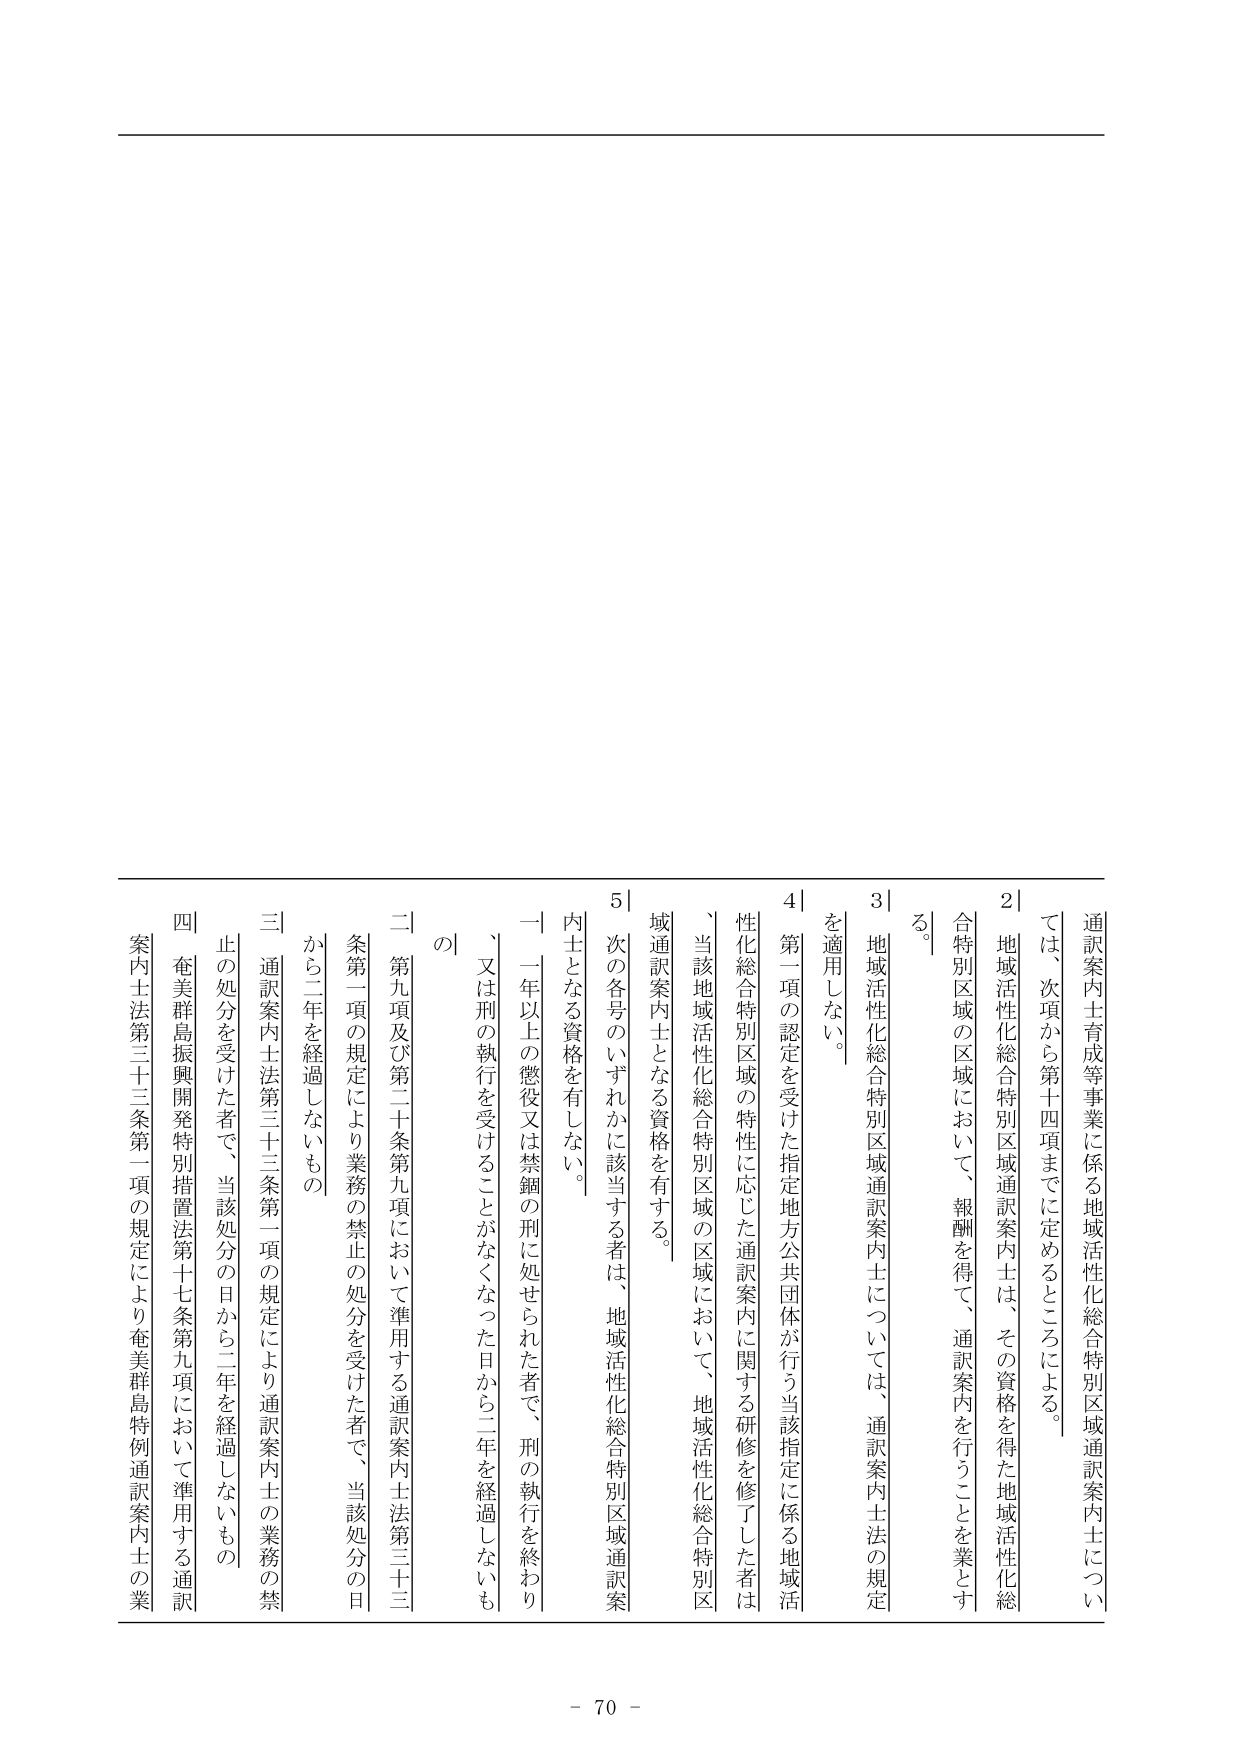
通訳案内士育成等事業に係る地域活性化総合特別区域通訳案内士については、次項から第十四項までに定めるところによる。

2｜地域活性化総合特別区域通訳案内士は、その資格を得た地域活性化総合特別区域の区域において、報酬を得て、通訳案内を行うことを業とする。

3｜地域活性化総合特別区域通訳案内士については、通訳案内士法の規定を適用しない。

4｜第一項の認定を受けた指定地方公共団体が行う当該指定に係る地域活性化総合特別区域の特性に応じた通訳案内に関する研修を修了した者は、当該地域活性化総合特別区域の区域において、地域活性化総合特別区域通訳案内士となる資格を有する。

5｜次の各号のいずれかに該当する者は、地域活性化総合特別区域通訳案内士となる資格を有しない。

一｜一年以上の懲役又は禁錮の刑に処せられた者で、刑の執行を終わり、又は刑の執行を受けることがなくなった日から二年を経過しないもの

二｜第九項及び第二十条第九項において準用する通訳案内士法第三十三条第一項の規定により業務の禁止の処分を受けた者で、当該処分の日から二年を経過しないもの

三｜通訳案内士法第三十三条第一項の規定により通訳案内士の業務の禁止の処分を受けた者で、当該処分の日から二年を経過しないもの

四｜奄美群島振興開発特別措置法第十七条第九項において準用する通訳案内士法第三十三条第一項の規定により奄美群島特例通訳案内士の業

- 70 -